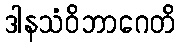
ဒါနသံဝိဘာဂေတိ